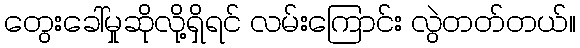
တွေးခေါ်မှုဆိုလို့ရှိရင် လမ်းကြောင်း လွဲတတ်တယ်။